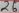
Text: 25